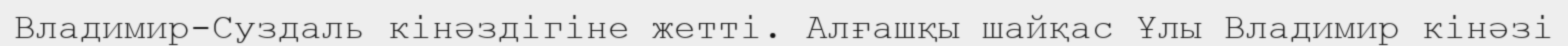
Владимир-Суздаль кінәздігіне жетті. Алғашқы шайқас Ұлы Владимир кінәзі